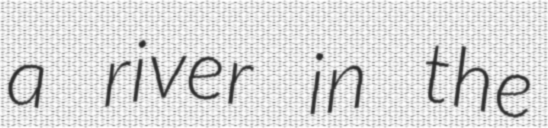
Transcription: a river in the